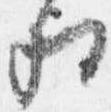
相